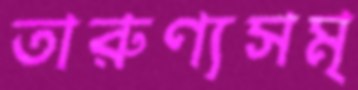
তারুণ্যসমৃ